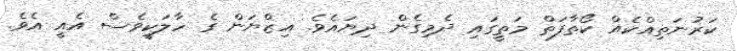
ކަރުނަތިއްކެއް ކޯތާފަތް މަތީގައި ދެމިގެން ދިޔައެވެ. އިޒްޔަން ގެ ހާލަކީވެސް އެއީ އެވެ.